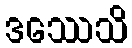
ဒဿေသိ